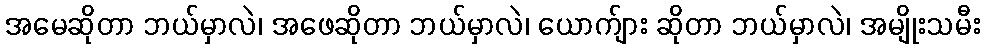
အမေဆိုတာ ဘယ်မှာလဲ၊ အဖေဆိုတာ ဘယ်မှာလဲ၊ ယောက်ျား ဆိုတာ ဘယ်မှာလဲ၊ အမျိုးသမီး